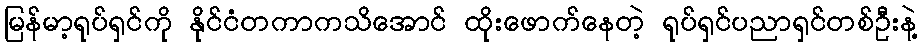
မြန်မာ့ရုပ်ရှင်ကို နိုင်ငံတကာကသိအောင် ထိုးဖောက်နေတဲ့ ရုပ်ရှင်ပညာရှင်တစ်ဦးနဲ့